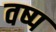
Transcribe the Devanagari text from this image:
वष्प